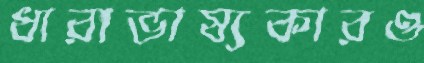
ধারাভাষ্যকারও